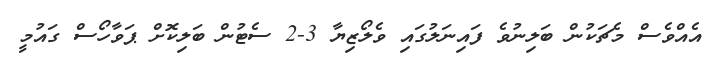
އެއްވެސް މެޗަކުން ބަލިނުވެ ފައިނަލުގައި ވެލޯޒިޔާ 3-2 ސެޓުން ބަލިކޮށް ޕަވާހޯސް ގައުމީ